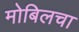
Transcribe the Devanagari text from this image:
मोबिलचा